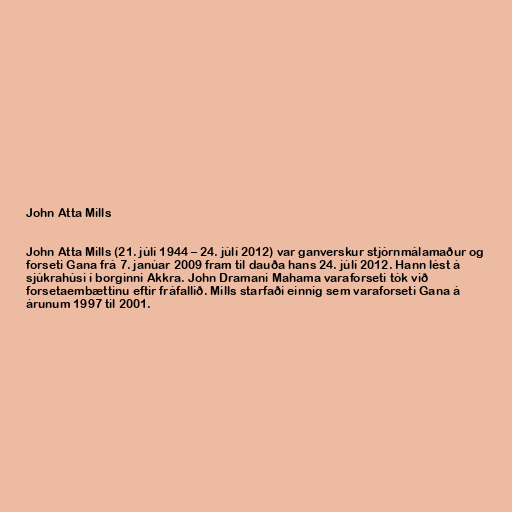
John Atta Mills

John Atta Mills (21. júlí 1944 – 24. júlí 2012) var ganverskur stjórnmálamaður og
forseti Gana frá 7. janúar 2009 fram til dauða hans 24. júlí 2012. Hann lést á
sjúkrahúsi í borginni Akkra. John Dramani Mahama varaforseti tók við
forsetaembættinu eftir fráfallið. Mills starfaði einnig sem varaforseti Gana á
árunum 1997 til 2001.